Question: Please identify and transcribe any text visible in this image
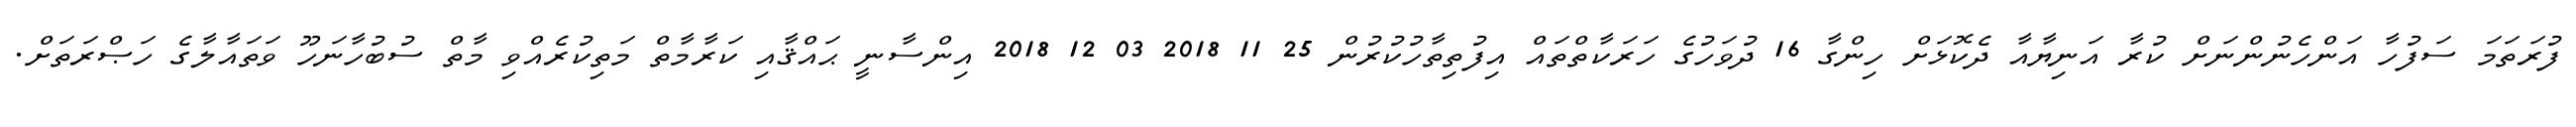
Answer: ފުރަތަމަ ސަފުހާ އަންހެނުންނަށް ކުރާ އަނިޔާއާ ދެކޮޅަށް ހިންގާ 16 ދުވަހުގެ ހަރަކާތްތައް އިފުތިތާހުކުރުން 25 11 2018 03 12 2018 އިންސާނީ ޙައްޤާއި ކަރާމާތް މަތިކުރެއްވި މާތް ސުބުހާނަހޫ ވަތައާލާގެ ހަޞްރަތަށް.